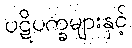
ပဋိပက္ခများနှင့်